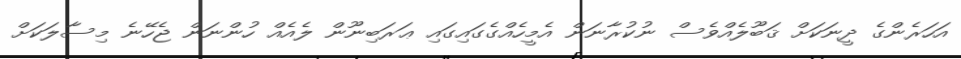
އަހަރެންގެ ދީނަކަށް ޤަބޫލެއްވެސް ނުކުރާނަން އެމީހެއްގެގައިގައި ޢަރަބިނޫން ލެއެއް ހުންނަން ޖެހޭނެ މިސާލަކަށް